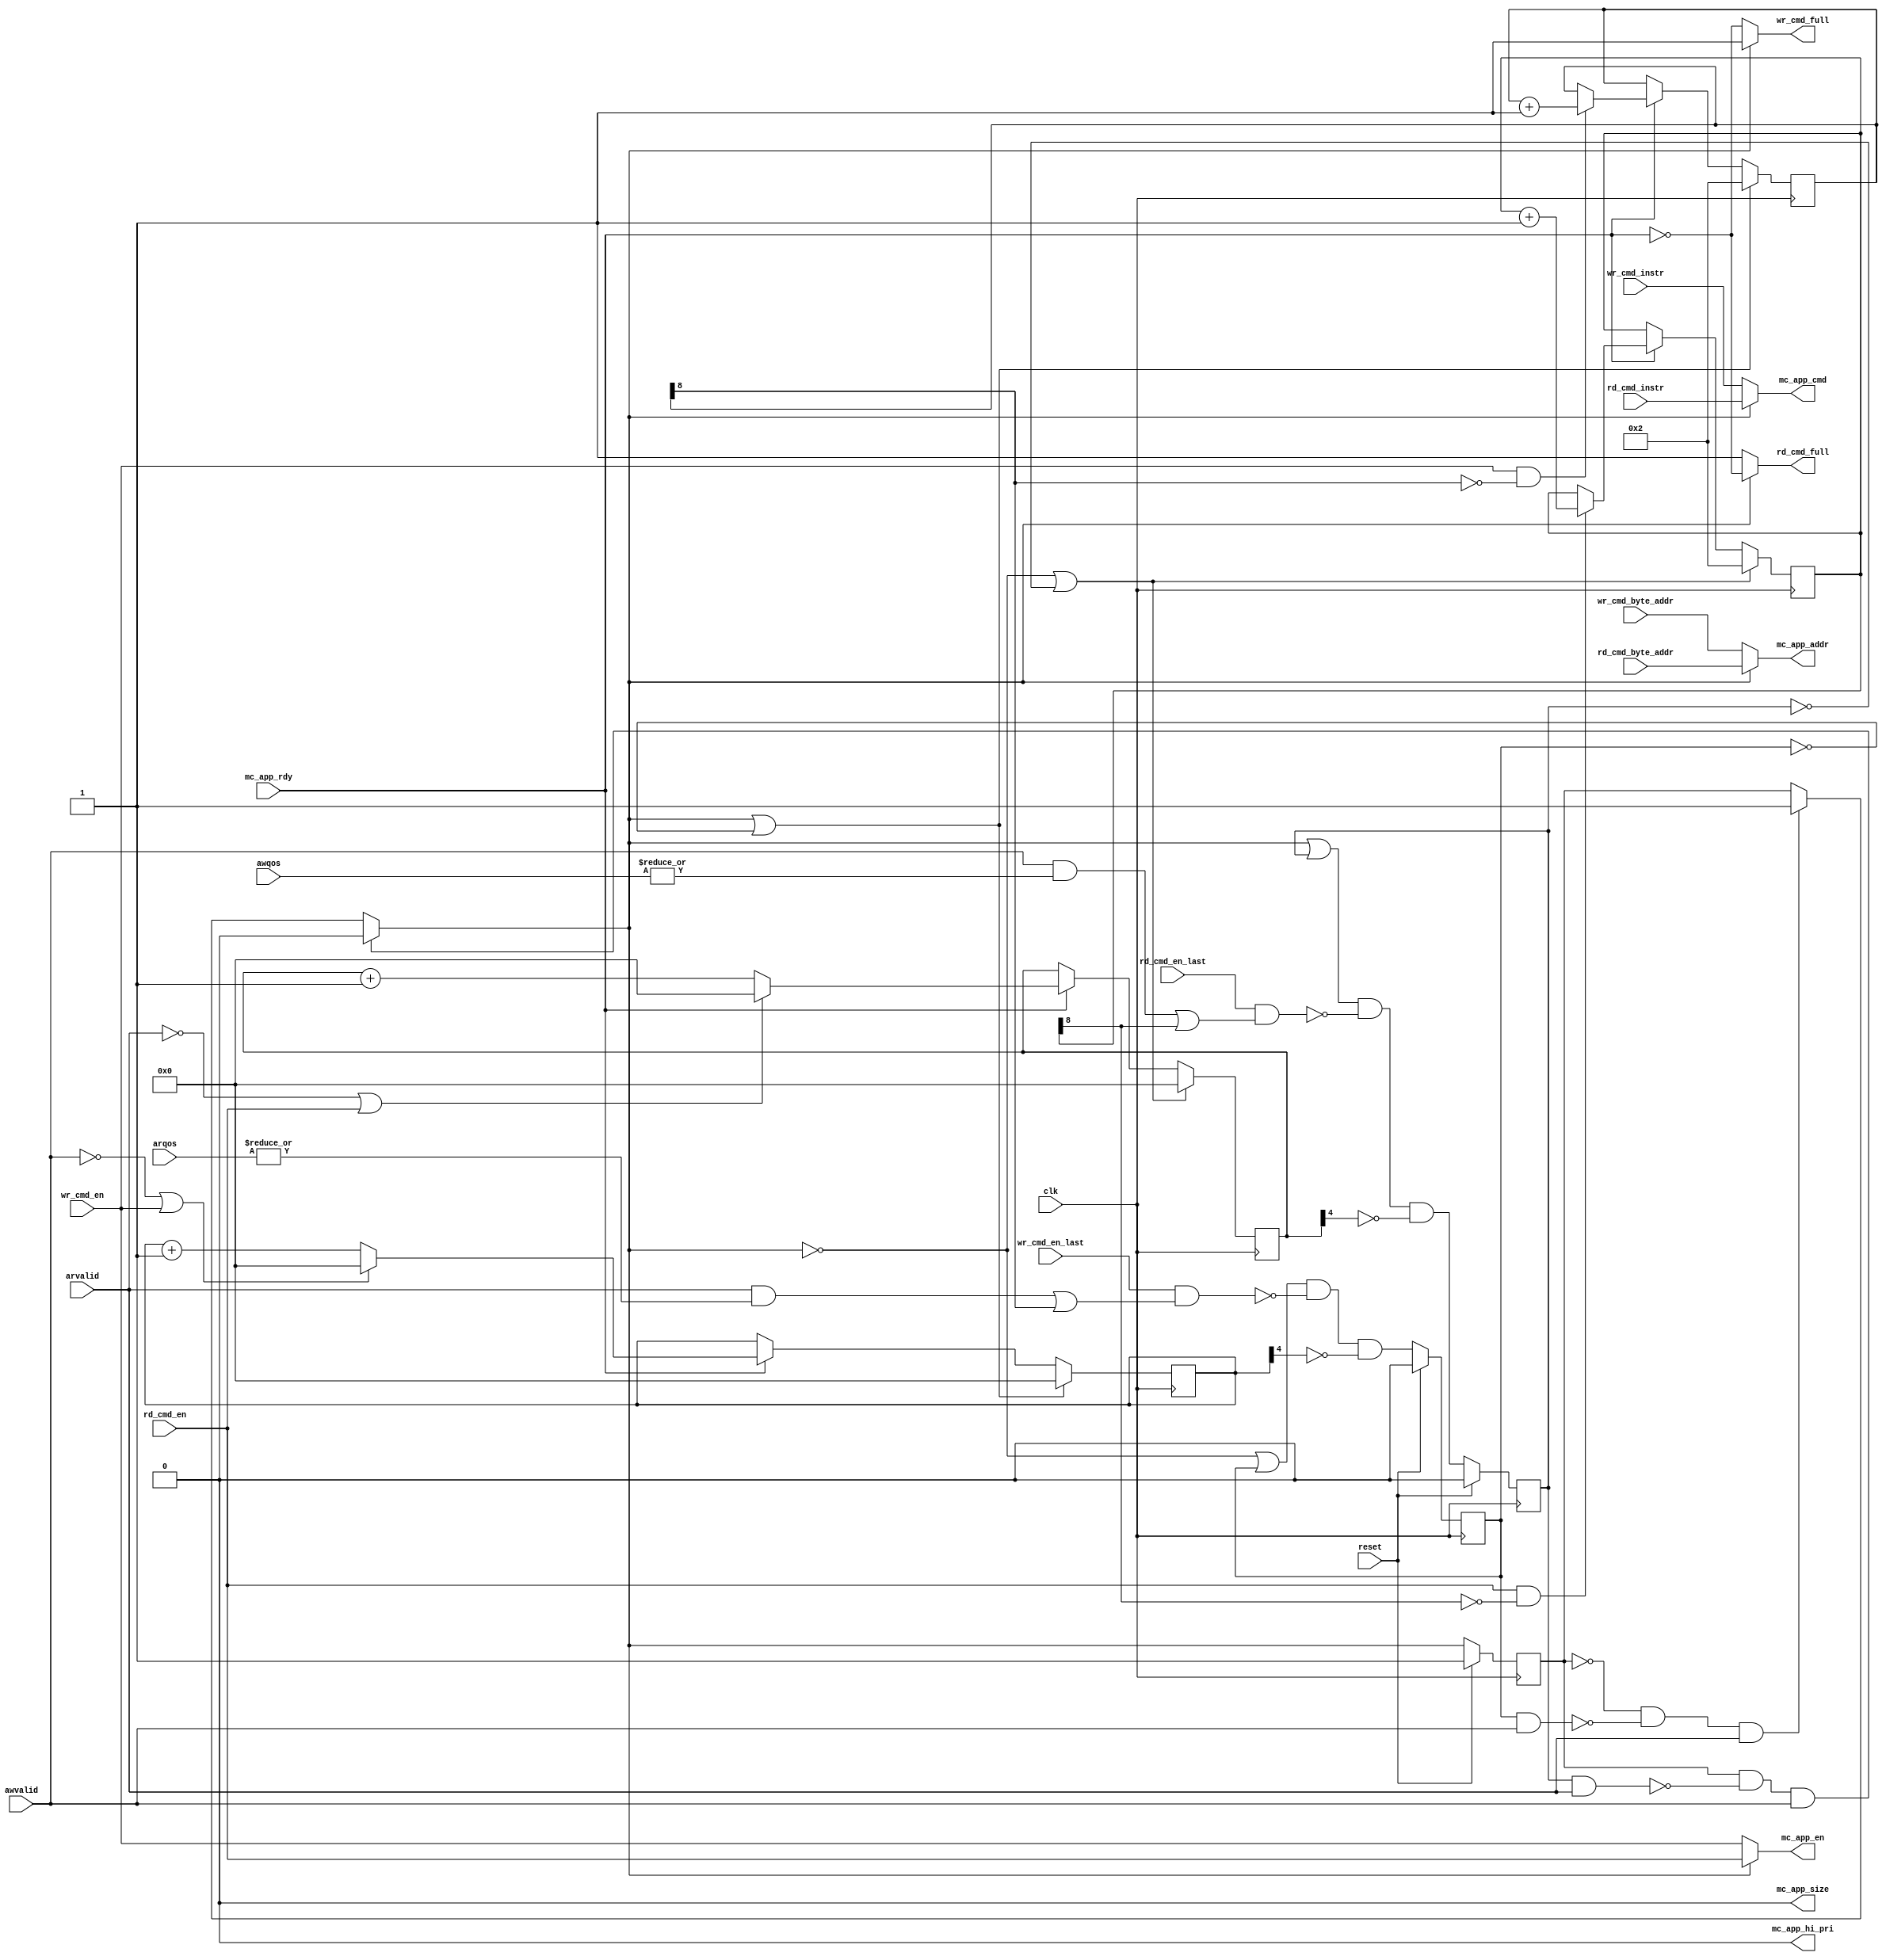
// -- (c) Copyright 2013 Xilinx, Inc. All rights reserved. 
// --                                                             
// -- This file contains confidential and proprietary information 
// -- of Xilinx, Inc. and is protected under U.S. and             
// -- international copyright and other intellectual property     
// -- laws.                                                       
// --                                                             
// -- DISCLAIMER                                                  
// -- This disclaimer is not a license and does not grant any     
// -- rights to the materials distributed herewith. Except as     
// -- otherwise provided in a valid license issued to you by      
// -- Xilinx, and to the maximum extent permitted by applicable   
// -- law: (1) THESE MATERIALS ARE MADE AVAILABLE "AS IS" AND     
// -- WITH ALL FAULTS, AND XILINX HEREBY DISCLAIMS ALL WARRANTIES 
// -- AND CONDITIONS, EXPRESS, IMPLIED, OR STATUTORY, INCLUDING   
// -- BUT NOT LIMITED TO WARRANTIES OF MERCHANTABILITY, NON-      
// -- INFRINGEMENT, OR FITNESS FOR ANY PARTICULAR PURPOSE; and    
// -- (2) Xilinx shall not be liable (whether in contract or tort,
// -- including negligence, or under any other theory of          
// -- liability) for any loss or damage of any kind or nature     
// -- related to, arising under or in connection with these       
// -- materials, including for any direct, or any indirect,       
// -- special, incidental, or consequential loss or damage        
// -- (including loss of data, profits, goodwill, or any type of  
// -- loss or damage suffered as a result of any action brought   
// -- by a third party) even if such damage or loss was           
// -- reasonably foreseeable or Xilinx had been advised of the    
// -- possibility of the same.                                    
// --                                                             
// -- CRITICAL APPLICATIONS                                       
// -- Xilinx products are not designed or intended to be fail-    
// -- safe, or for use in any application requiring fail-safe     
// -- performance, such as life-support or safety devices or      
// -- systems, Class III medical devices, nuclear facilities,     
// -- applications related to the deployment of airbags, or any   
// -- other applications that could lead to death, personal       
// -- injury, or severe property or environmental damage          
// -- (individually and collectively, "Critical                   
// -- Applications"). Customer assumes the sole risk and          
// -- liability of any use of Xilinx products in Critical         
// -- Applications, subject only to applicable laws and           
// -- regulations governing limitations on product liability.     
// --                                                             
// -- THIS COPYRIGHT NOTICE AND DISCLAIMER MUST BE RETAINED AS    
// -- PART OF THIS FILE AT ALL TIMES.                             
// --  
///////////////////////////////////////////////////////////////////////////////
//
//
// Description: 
// This arbiter arbitrates commands from the read and write address channels
// of AXI to the single CMD channel of the MC interface.  The inputs are the
// read and write commands that have already been translated to the MC
// format.
//
///////////////////////////////////////////////////////////////////////////////
`timescale 1ps/1ps
`default_nettype none

module mig_7series_v4_2_axi_mc_cmd_arbiter #
(
///////////////////////////////////////////////////////////////////////////////
// Parameter Definitions
///////////////////////////////////////////////////////////////////////////////
                    // Width of cmd_byte_addr
                    // Range: 30
  parameter integer C_MC_ADDR_WIDTH =   30,
                    
                    // write command starve limit in read priority reg mode
                    // MC burst length. = 1 for BL4 or BC4, = 2 for BL8
  parameter integer C_MC_BURST_LEN = 1,
  parameter integer C_AXI_WR_STARVE_LIMIT = 256,
                   // log2 of C_AXI_WR_STARVE_LIMIT ceil (log2(C_AXI_WR_STARVE_LIMIT))
  parameter integer C_AXI_STARVE_CNT_WIDTH = 8,
  parameter         C_RD_WR_ARB_ALGORITHM = "RD_PRI_REG"
                    // Indicates the Arbitration
                    // Allowed values - "TDM", "ROUND_ROBIN",
                    // "RD_PRI_REG", "RD_PRI_REG_STARVE_LIMIT"
)
(
///////////////////////////////////////////////////////////////////////////////
// Port Declarations     
///////////////////////////////////////////////////////////////////////////////
  // AXI Slave Interface
  // Slave Interface System Signals           
  input  wire                                 clk              , 
  input  wire                                 reset            , 

  input  wire                                 awvalid     ,
  input  wire [3:0]                           awqos       ,
  input  wire                                 wr_cmd_en        , 
  input  wire                                 wr_cmd_en_last   ,
  input  wire [2:0]                           wr_cmd_instr     , 
  input  wire [C_MC_ADDR_WIDTH-1:0]           wr_cmd_byte_addr , 
  output wire                                 wr_cmd_full      , 

  input  wire                                 arvalid     ,
  input  wire [3:0]                           arqos       ,
  input  wire                                 rd_cmd_en        , 
  input  wire                                 rd_cmd_en_last   ,
  input  wire [2:0]                           rd_cmd_instr     , 
  input  wire [C_MC_ADDR_WIDTH-1:0]           rd_cmd_byte_addr ,  
  output wire                                 rd_cmd_full      , 

  output wire                                 mc_app_en        , 
  output wire [2:0]                           mc_app_cmd       , 
  output wire                                 mc_app_size      , 
  output wire [C_MC_ADDR_WIDTH-1:0]           mc_app_addr      ,
  output wire                                 mc_app_hi_pri    , 
  input  wire                                 mc_app_rdy

);



////////////////////////////////////////////////////////////////////////////////
// Wires/Reg declarations
////////////////////////////////////////////////////////////////////////////////

wire rnw;
////////////////////////////////////////////////////////////////////////////////
// BEGIN RTL
////////////////////////////////////////////////////////////////////////////////
assign mc_app_en     = rnw ? rd_cmd_en        : wr_cmd_en;
assign mc_app_cmd    = rnw ? rd_cmd_instr     : wr_cmd_instr;
assign mc_app_addr   = rnw ? rd_cmd_byte_addr : wr_cmd_byte_addr;
assign mc_app_size   = 1'b0; 
assign wr_cmd_full   = rnw ? 1'b1 : ~mc_app_rdy;
assign rd_cmd_full   = ~rnw ? 1'b1 : ~mc_app_rdy;
assign mc_app_hi_pri = 1'b0;
   
                        

generate
  // TDM Arbitration scheme
  if (C_RD_WR_ARB_ALGORITHM == "TDM") begin : TDM
    reg rnw_i;
    always @(posedge clk) begin
      if (reset) begin
        rnw_i <= 1'b0;
      end else begin
        rnw_i <= ~rnw_i;
      end
    end
    assign rnw = rnw_i;
  end
  else if (C_RD_WR_ARB_ALGORITHM == "ROUND_ROBIN") begin : ROUND_ROBIN
    reg rnw_i;
    always @(posedge clk) begin
      if (reset) begin
        rnw_i <= 1'b0;
      end else begin
        rnw_i <= ~rnw;
      end
    end
    assign rnw = (rnw_i & rd_cmd_en) | (~rnw_i & rd_cmd_en & ~wr_cmd_en);
  end
  else if (C_RD_WR_ARB_ALGORITHM == "RD_PRI_REG") begin : RD_PRI_REG
    reg rnw_i;
    reg rd_cmd_hold;
    reg wr_cmd_hold;
    reg [4:0] rd_wait_limit;
    reg [4:0] wr_wait_limit;
    reg [9:0] rd_starve_cnt;
    reg [9:0] wr_starve_cnt;

    always @(posedge clk) begin
      if (~rnw | ~rd_cmd_hold) begin
        rd_wait_limit <= 5'b0;
        rd_starve_cnt <= (C_MC_BURST_LEN * 2);
      end else if (mc_app_rdy) begin
        if (~arvalid | rd_cmd_en)
          rd_wait_limit <= 5'b0;
        else
          rd_wait_limit <= rd_wait_limit + C_MC_BURST_LEN;

        if (rd_cmd_en & ~rd_starve_cnt[8])
          rd_starve_cnt <= rd_starve_cnt + C_MC_BURST_LEN;
      end
    end

    always @(posedge clk) begin
      if (rnw | ~wr_cmd_hold) begin
        wr_wait_limit <= 5'b0;
        wr_starve_cnt <= (C_MC_BURST_LEN * 2);
      end else if (mc_app_rdy) begin
        if (~awvalid | wr_cmd_en)
          wr_wait_limit <= 5'b0;
        else
          wr_wait_limit <= wr_wait_limit + C_MC_BURST_LEN;

        if (wr_cmd_en & ~wr_starve_cnt[8])
          wr_starve_cnt <= wr_starve_cnt + C_MC_BURST_LEN;
      end
    end
    always @(posedge clk) begin
      if (reset) begin
        rd_cmd_hold <= 1'b0;
        wr_cmd_hold <= 1'b0;
      end else begin
        rd_cmd_hold <= (rnw | rd_cmd_hold) & ~(rd_cmd_en_last & ((awvalid & (|awqos)) | rd_starve_cnt[8])) & ~rd_wait_limit[4];
        wr_cmd_hold <= (~rnw | wr_cmd_hold) & ~(wr_cmd_en_last & ((arvalid & (|arqos)) | wr_starve_cnt[8])) & ~wr_wait_limit[4];
      end
    end

    always @(posedge clk) begin
      if (reset)
        rnw_i <= 1'b1;
      else
        rnw_i <= rnw;
    end
    assign rnw = (rnw_i & ~(rd_cmd_hold & arvalid) & awvalid) ? 1'b0 :  // RD -> WR
                 (~rnw_i & ~(wr_cmd_hold & awvalid) & arvalid) ? 1'b1 : // WR -> RD
                 rnw_i;
  end // block: RD_PRI_REG
  else if (C_RD_WR_ARB_ALGORITHM == "RD_PRI_REG_STARVE_LIMIT") begin : RD_PRI_REG_STARVE
    reg rnw_i;
    reg rd_cmd_en_d1;
    reg wr_cmd_en_d1;
    reg [C_AXI_STARVE_CNT_WIDTH-1:0] wr_starve_cnt;
    reg wr_enable;
    reg [8:0] rd_starve_cnt;

  // write starve count logic.
  // wr_enable to give priority to write commands will be set
  // when the write commands have been starved till the starve
  // limit. The wr_enable will be de-asserted when the pending write
  // command is processed or if the rd has been starved for 256 clock
  // cycles. 
   always @(posedge clk) begin
     if(reset | ( ~(wr_cmd_en | wr_cmd_en_d1))
        | rd_starve_cnt[8])begin
       wr_starve_cnt <= 'b0;
       wr_enable <=  'b0;
     end else if(wr_cmd_en & (mc_app_rdy)) begin 
       if(wr_starve_cnt < (C_AXI_WR_STARVE_LIMIT-1))
         wr_starve_cnt <= wr_starve_cnt + rnw_i;
       else
         wr_enable <= 1'b1;
     end // if (wr_cmd_en & (mc_app_rdy)
    end // always @ (posedge clk)

   // The rd command should not be starved for ever in this mode.
   // The maximum the read will starve is 256 clocks. 
   always @(posedge clk) begin
     if(reset | rnw_i)begin
       rd_starve_cnt <= 'b0;
     end else if(rd_cmd_en & (mc_app_rdy)) begin 
       rd_starve_cnt <= rd_starve_cnt + 1;
     end // if (wr_cmd_en & (mc_app_rdy)
    end // always @ (posedge clk)    

    always @(posedge clk) begin
      if (reset) begin
        rd_cmd_en_d1 <= 1'b0;
        wr_cmd_en_d1 <= 1'b0;
      end else begin
      if (mc_app_rdy) begin
        rd_cmd_en_d1 <= rd_cmd_en & rnw;
        wr_cmd_en_d1 <= wr_cmd_en & ~rnw;
      end
     end
    end
    always @(posedge clk) begin
      if (reset) begin
        rnw_i <= 1'b1;
      end else begin
        // Only set RNW to 0 if there is a write pending and read is idle
       // rnw_i <= ~((wr_cmd_en | wr_cmd_en_d1) & (~rd_cmd_en) & (~rd_cmd_en_d1));
        rnw_i <= ~(((wr_cmd_en | wr_cmd_en_d1) & (~rd_cmd_en) & (~rd_cmd_en_d1)) | wr_enable);
      end
    end
    assign rnw = rnw_i;
  end
  else if (C_RD_WR_ARB_ALGORITHM == "RD_PRI") begin : RD_PRI
    assign rnw = ~(wr_cmd_en & ~rd_cmd_en);
  end
  else if (C_RD_WR_ARB_ALGORITHM == "WR_PR_REG") begin : WR_PR_REG
    reg rnw_i;
    always @(posedge clk) begin
      if (reset) begin
        rnw_i <= 1'b0;
      end else begin
        // Only set RNW to 1 if there is a read pending and write is idle
        // rnw_i <= (~wr_cmd_en & rd_cmd_en);
        rnw_i <=  (~awvalid & arvalid);
      end
    end
    assign rnw = rnw_i;
  end
  else begin : WR_PR // if (C_RD_WR_ARB_ALGORITHM == "WR_PR") begin
    // assign rnw =  (~wr_cmd_en & rd_cmd_en);
    assign rnw =  (~awvalid & arvalid);
  end
endgenerate

endmodule
`default_nettype wire